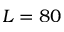
L = 8 0